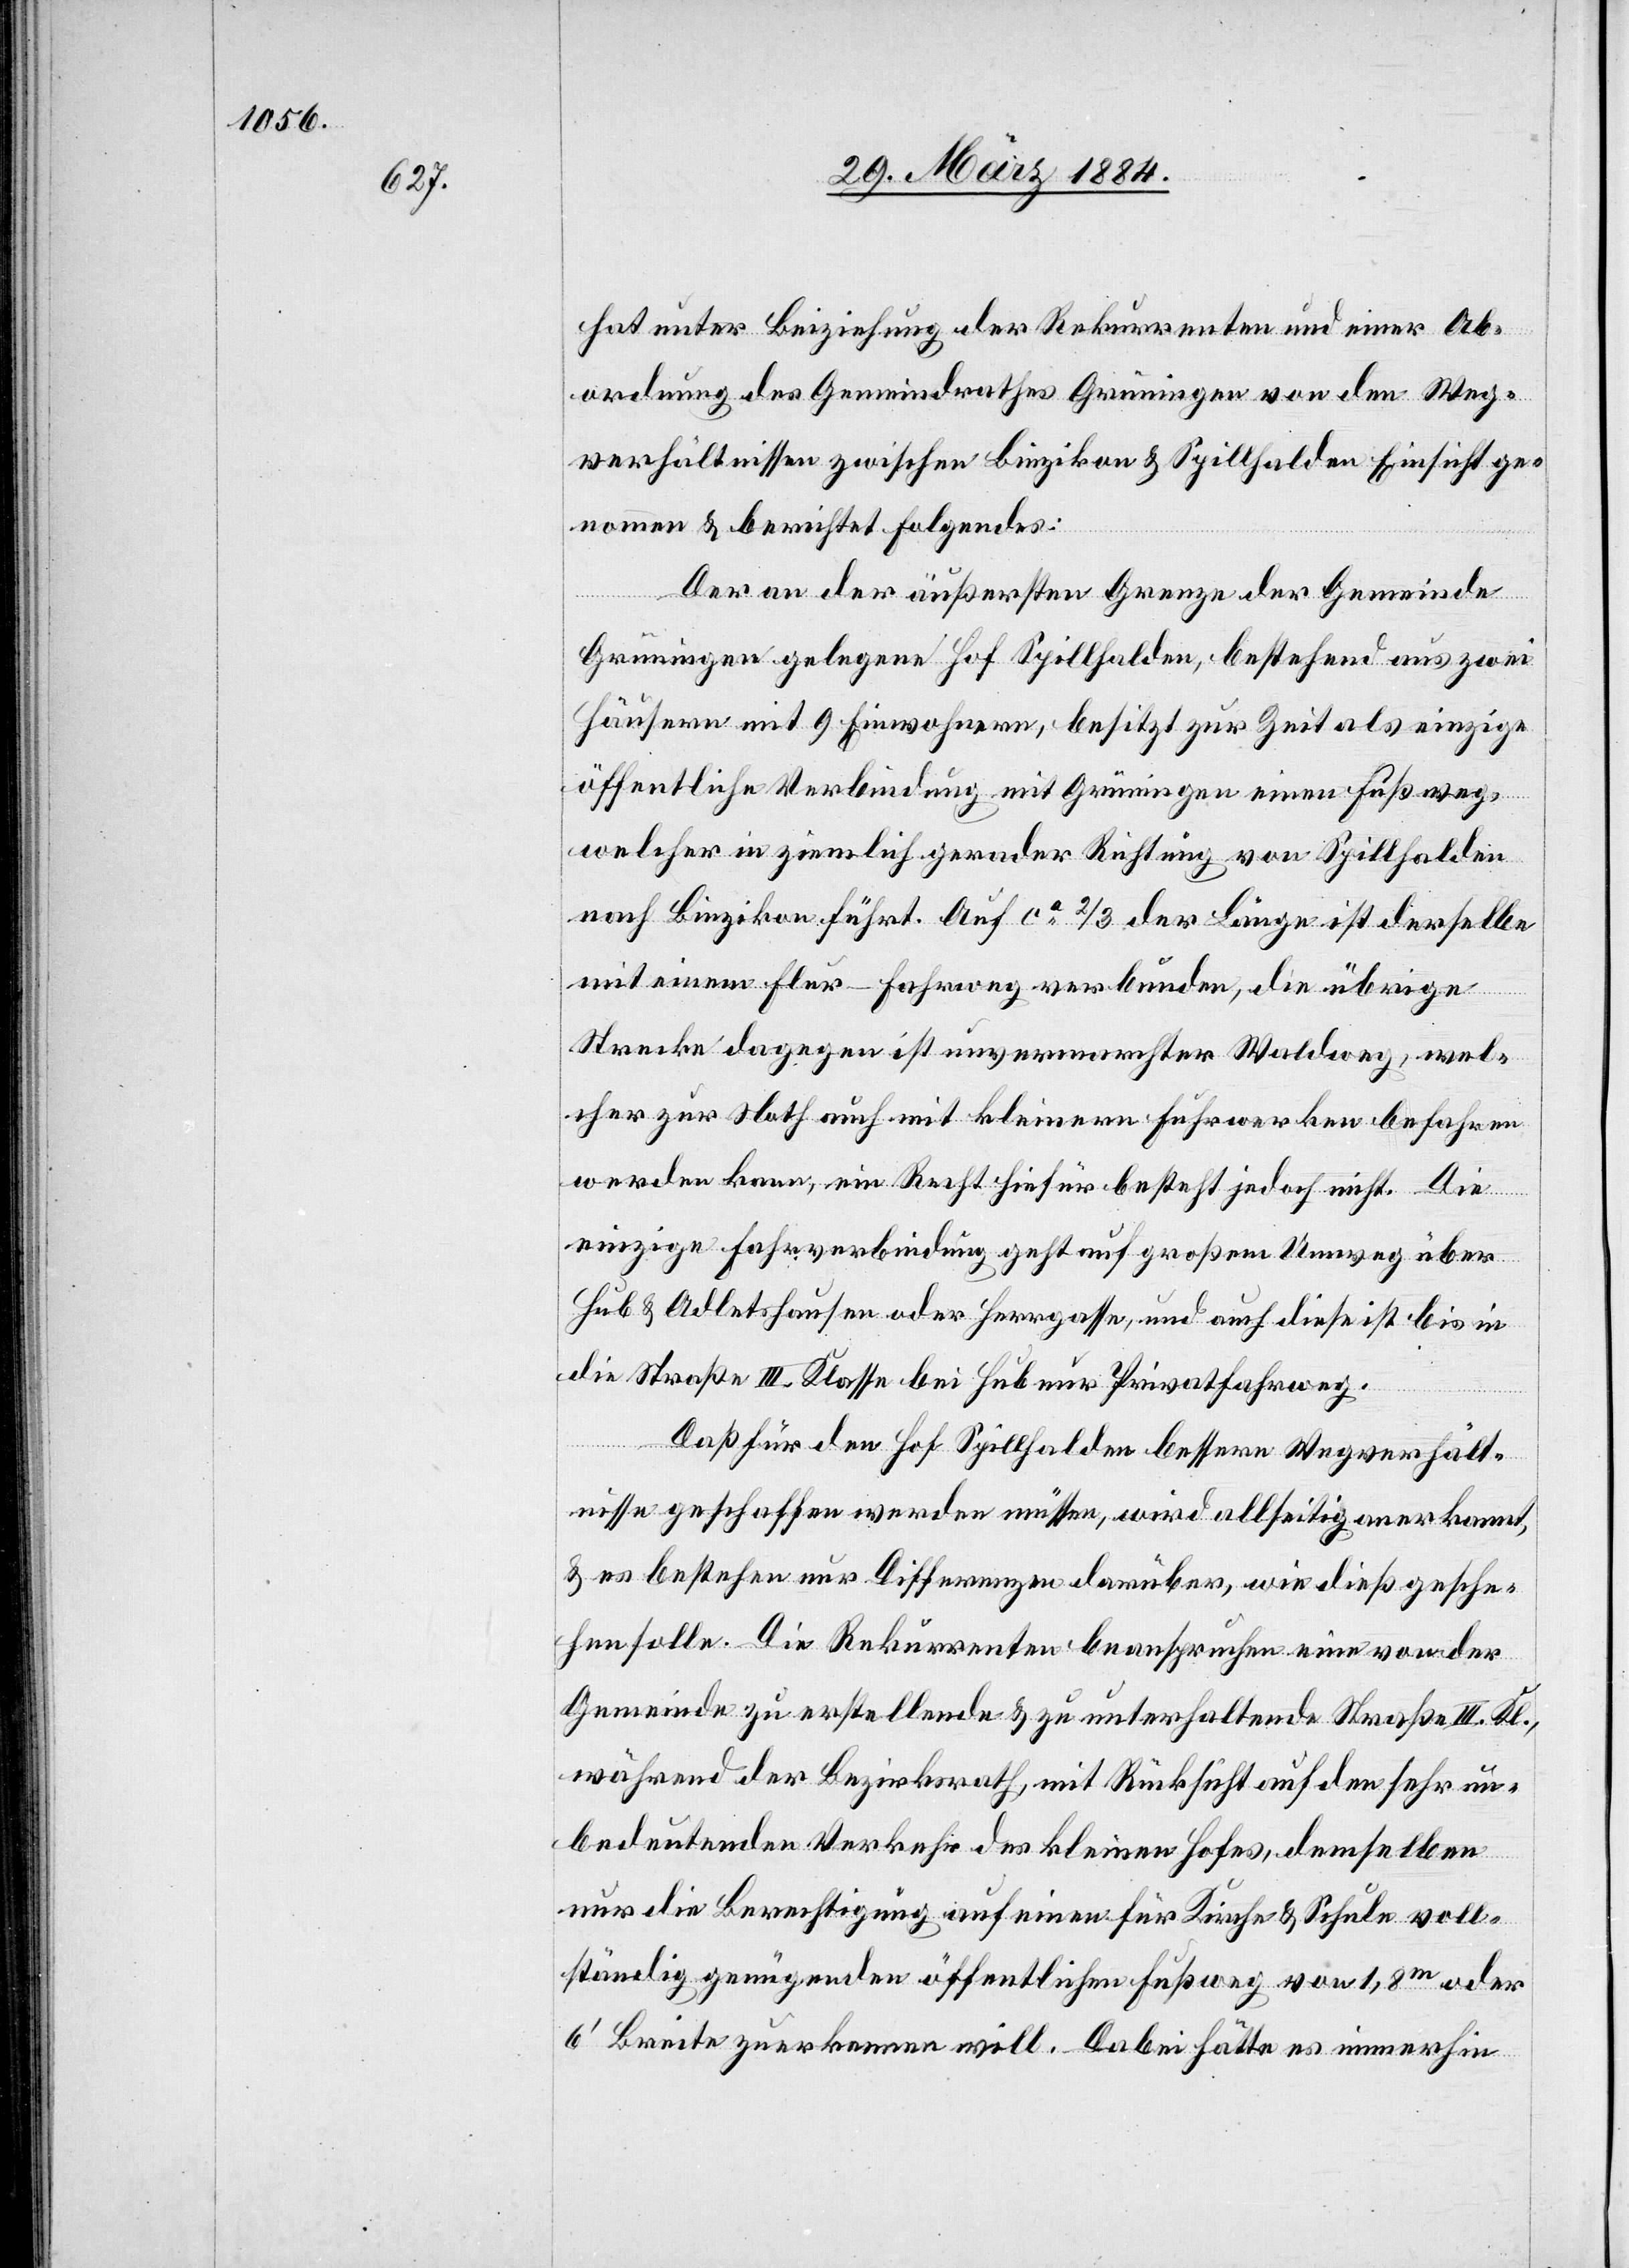
hat unter Beiziehung der Rekurrenten und einer Ab¬
ordnung des Gemeindrathes Grüningen von den Weg¬
verhältnissen zwischen Binzikon & Spillhalden Einsicht ge¬
nommen & berichtet Folgendes:
Der an der äußersten Grenze der Gemeinde
Grüningen gelegene Hof Spillhalden, bestehend aus zwei
Häusern mit 9 Einwohnern, besitzt zur Zeit als einzige
öffentliche Verbindung mit Grüningen einen Fußweg,
welcher in ziemlich gerader Richtung von Spillhalden
nach Binzikon führt. Auf ca 2/3 der Länger ist derselbe
mit einem Flur-Fahrweg verbunden, die übrige
Strecke dagegen ist unvermarchter Waldweg, wel¬
cher zur Noth auch mit kleinern Fuhrwerken befahren
werden kann, ein Recht hiefür besteht jedoch nicht. Die
einzige Fahrverbindung geht auf großem Umweg über
Hub & Adletshausen oder Herrgasse, und auch diese ist bis in
die Straße III. Klasse bei Heb nur Privatfahrweg.
Daß für den Hof Spillhalden bessere Wegverhält¬
nisse geschaffen werden müssen, wird allseitig anerkannt,
& es bestehen nur Differenzen darüber, wie dieß gesche¬
hen solle. Die Rekurrenten beanspruchen eine von der
Gemeinde zu erstellende & zu unterhaltende Straße III. Kl.,
während der Bezirksrath, mit Rücksicht auf den sehr un¬
bedeutenden Verkehr des kleinen Hofes, demselben
nur die Berechtigung auf einen für Kirche & Schule voll¬
ständig genügenden öffentlichen Fußweg von 1,8m oder
6’ Breite zuerkennen will. Dabei hätte es immerhin